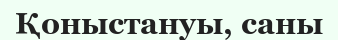
Қоныстануы, саны